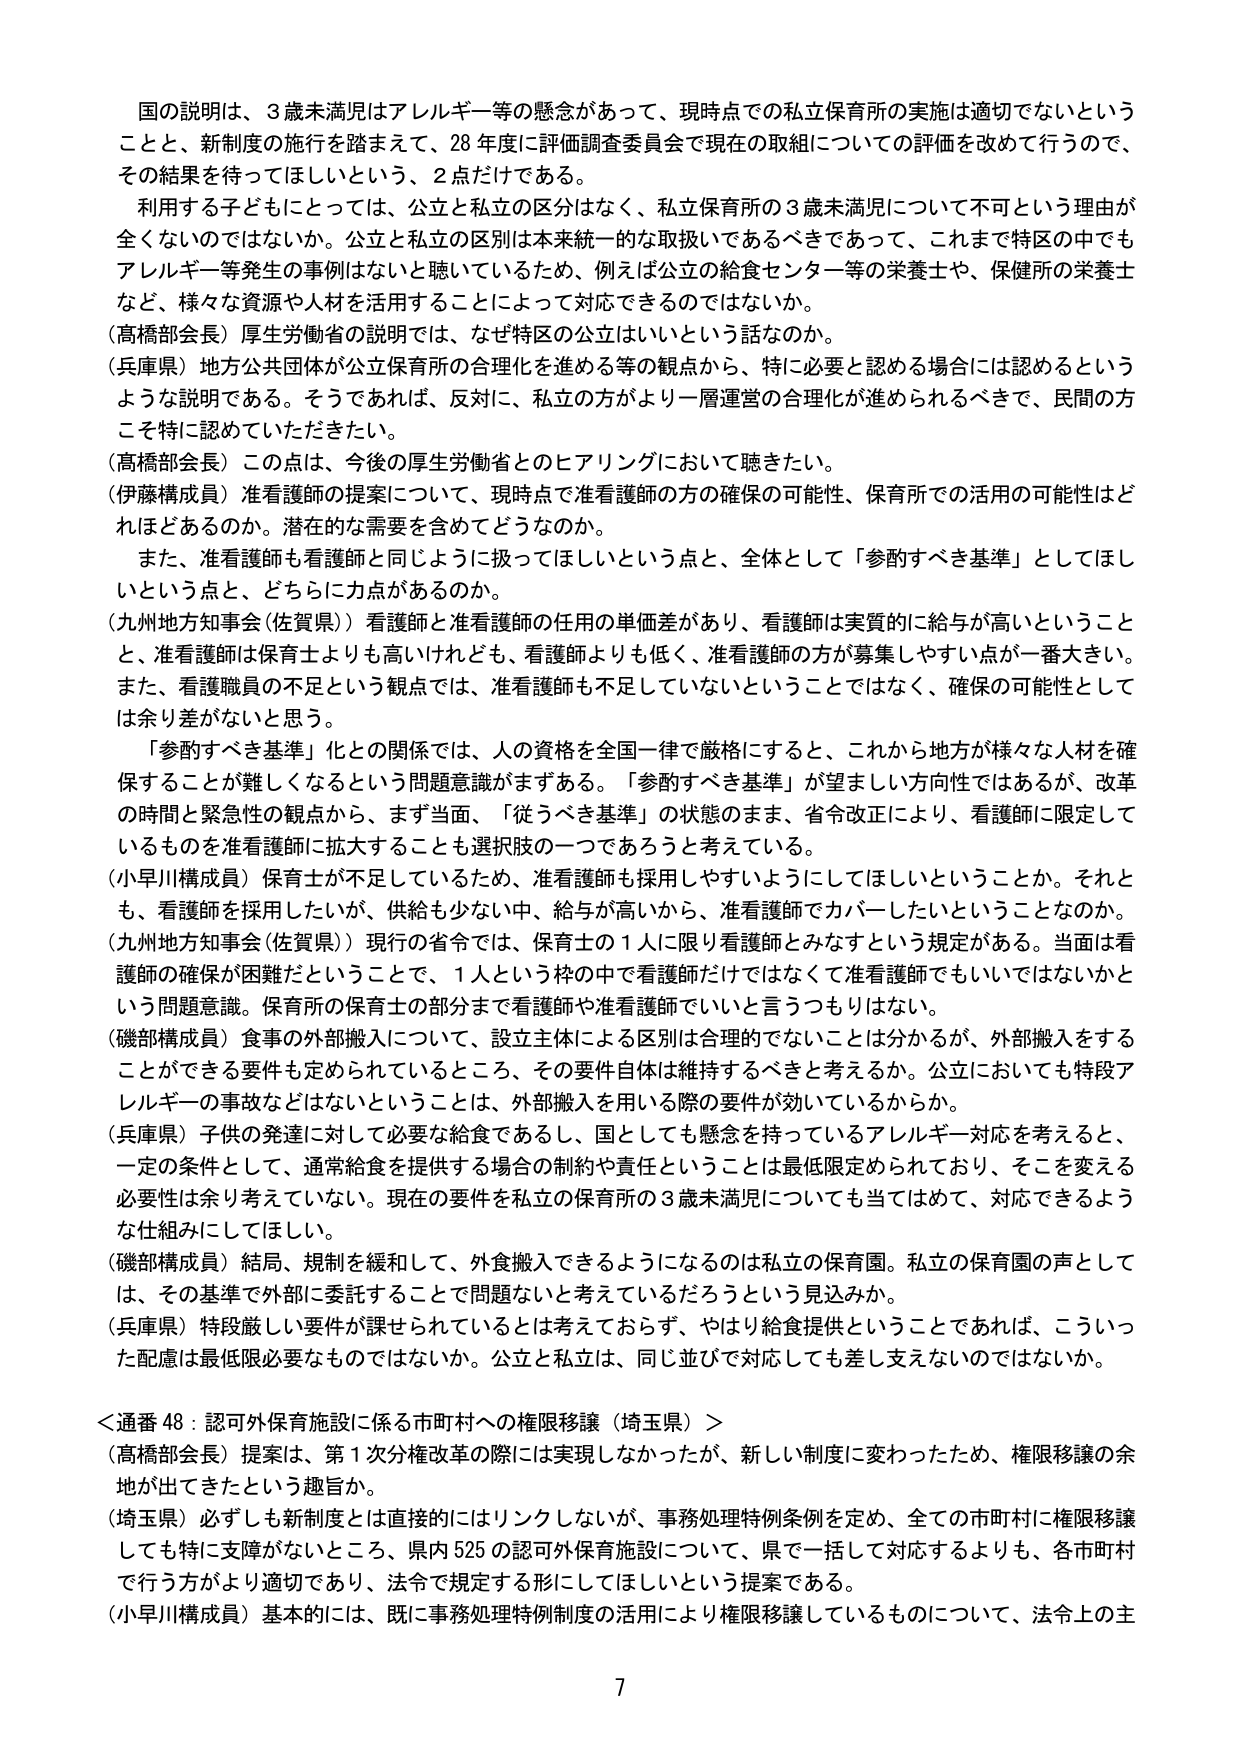
国の説明は、3歳未満児はアレルギー等の懸念があって、現時点での私立保育所の実施は適切でないということと、新制度の施行を踏まえて、28年度に評価調査委員会で現在の取組についての評価を改めて行うので、その結果を待ってほしいという、2点だけである。

利用する子どもにとっては、公立と私立の区別はなく、私立保育所の3歳未満児について不可という理由が全くないのではないか。公立と私立の区別は本来統一的な取扱いであるべきであって、これまで特区の中でもアレルギー等発生の事例はないと聴いているため、例えば公立の給食センター等の栄養士や、保健所の栄養士など、様々な資源や人材を活用することによって対応できるのではないか。

（高橋部会長）厚生労働省の説明では、なぜ特区の公立はいいという話なのか。

（兵庫県）地方公共団体が公立保育所の合理化を進める等の観点から、特に必要と認める場合には認めるというような説明である。そうであれば、反対に、私立の方がより一層運営の合理化が進められるべきで、民間の方こそ特に認めていただきたい。

（高橋部会長）この点は、今後の厚生労働省とのヒアリングにおいて聴きたい。

（伊藤構成員）准看護師の提案について、現時点で准看護師の方の確保の可能性、保育所での活用の可能性はどれほどあるのか。潜在的な需要を含めてどうなのか。

また、准看護師も看護師と同じように扱ってほしいという点と、全体として「参酌すべき基準」としてほしいという点と、どちらに力があるのか。

（九州地方知事会（佐賀県））看護師と准看護師の任用の単価差があり、看護師は実質的に給与が高いということと、准看護師は保育士よりも高いけれども、看護師よりも低く、准看護師の方が募集しやすい点が一番大きい。また、看護職員の不足という観点では、准看護師も不足していないということではなく、確保の可能性としては余り差がないと思う。

「参酌すべき基準」化との関係では、人の資格を全国一律で厳格にすると、これから地方が様々な人材を確保することが難しくなるという問題意識がまずある。「参酌すべき基準」が望ましい方向性ではあるが、改革の時間と緊急性の観点から、まず当面、「従うべき基準」の状態のまま、省令改正により、看護師に限定しているものを准看護師に拡大することも選択肢の一つであろうと考えている。

（小早川構成員）保育士が不足しているため、准看護師も採用しやすいようにしてほしいということか。それとも、看護師を採用したいが、供給も少ない中、給与が高いから、准看護師でカバーしたいということなのか。

（九州地方知事会（佐賀県））現行の省令では、保育士の1人に限り看護師とみなすという規定がある。当面は看護師の確保が困難だということで、1人という枠の中で看護師だけではなくて准看護師でもいいではないかという問題意識。保育所の保育士の部分まで看護師や准看護師でいいと言うつもりはない。

（磯部構成員）食事の外部搬入について、設立主体による区別は合理的でないことは分かるが、外部搬入をすることができる要件も定められているところ、その要件自体は維持するべきと考えるか。公立においても特段アレルギーの事故などはないということは、外部搬入を用いる際の要件が効いているからか。

（兵庫県）子供の発達に対して必要な給食であるし、国としても懸念を持っているアレルギー対応を考えると、一定の条件として、通常給食を提供する場合の制約や責任ということは最低限定められており、そこを変える必要性は余り考えていない。現在の要件を私立の保育所の3歳未満児についても当てはめて、対応できるような仕組みにしてほしい。

（磯部構成員）結局、規制を緩和して、外食搬入できるようになるのは私立の保育園。私立の保育園の声としては、その基準で外部に委託することで問題ないと考えているだろうという見込みか。

（兵庫県）特段厳しい要件が課せられているとは考えておらず、やはり給食提供ということであれば、こういった配慮は最低限必要なものではないか。公立と私立は、同じ並びで対応しても差し支えないのではないか。

＜通番48：認可外保育施設に係る市町村への権限移譲（埼玉県）＞

（高橋部会長）提案は、第1次分権改革の際には実現しなかったが、新しい制度に変わったため、権限移譲の余地が出てきたという趣旨か。

（埼玉県）必ずしも新制度とは直接的にはリンクしないが、事務処理特例条例を定め、全ての市町村に権限移譲しても特に支障がないところ、県内525の認可外保育施設について、県で一括して対応するよりも、各市町村で行う方がより適切であり、法令で規定する形にしてほしいという提案である。

（小早川構成員）基本的には、既に事務処理特例制度の活用により権限移譲しているものについて、法令上の主

7